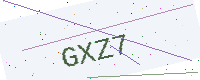
Text: GXZ7